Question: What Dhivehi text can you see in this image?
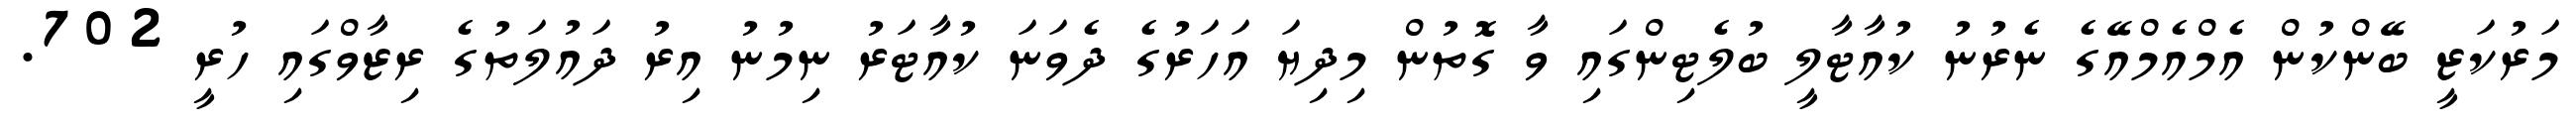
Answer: މަރުކަޒީ ބޭންކުން އެމްއެމްއޭގެ ނެރުނު ކުއާޓާލީ ބުލެޓިންގައި ވާ ގޮތުން މިދިޔަ އަހަރުގެ ދެވަނަ ކުއާޓަރު ނިމުނު އިރު ދައުލަތުގެ ރިޒާވްގައި ހުރީ 702.